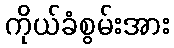
ကိုယ်ခံစွမ်းအား